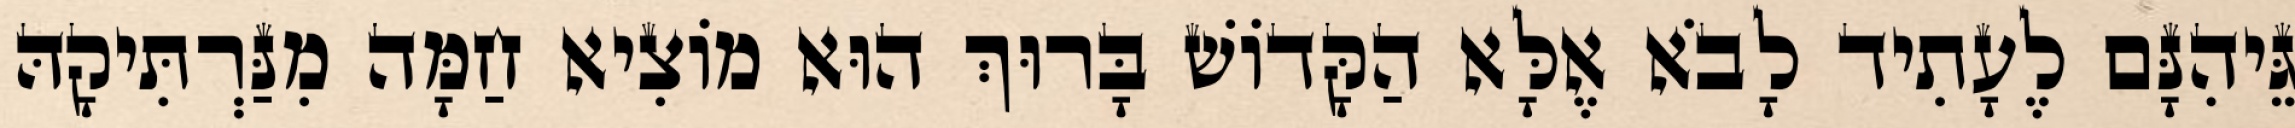
גֵּיהִנָּם לֶעָתִיד לָבֹא אֶלָּא הַקָּדוֹשׁ בָּרוּךְ הוּא מוֹצִיא חַמָּה מִנַּרְתִּיקָהּ